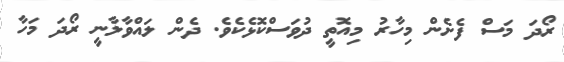
ރޯދަ މަސް ފެށެން މިހާރު މިއޮތީ ދުވަސްކޮޅެކެވެ. ދެން ލައްވާލާނީ ރޯދަ މަހާ